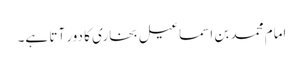
امام محمد بن اسماعیل بخاری کا دور آتا ہے۔